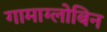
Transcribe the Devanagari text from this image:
गामाग्लोबिन